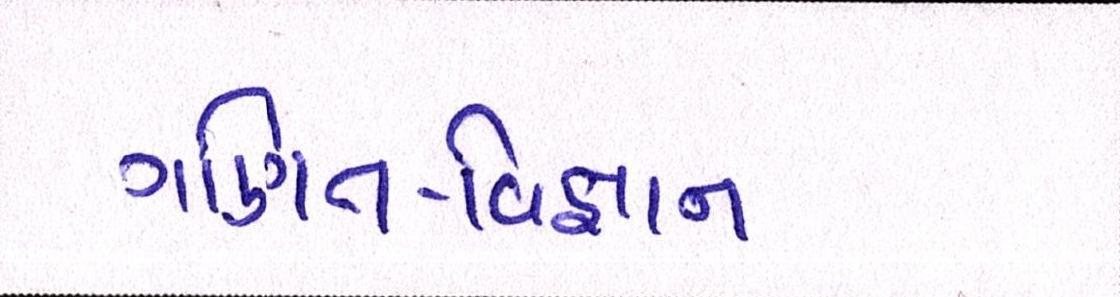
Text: ગણિત-વિજ્ઞાન